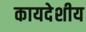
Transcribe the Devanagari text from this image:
कायदेशीय